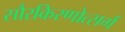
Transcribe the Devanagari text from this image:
सौरकिरणोत्सर्ग